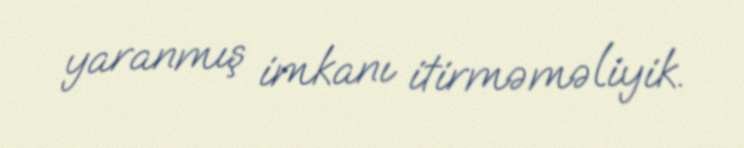
yaranmış imkanı itirməməliyik.